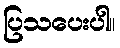
ပြသပေးပါ။